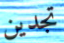
تجدين